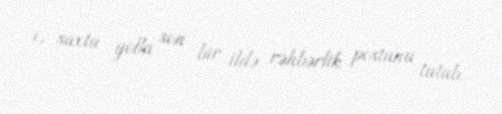
o, saxta yolla son bir ildə rəhbərlik postunu tutub.